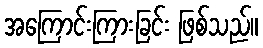
အကြောင်းကြားခြင်း ဖြစ်သည်။